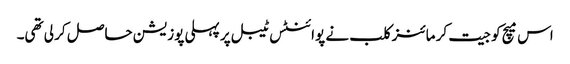
اس میچ کو جیت کر مائنز کلب نے پوائنٹس ٹیبل پر پہلی پوزیشن حاصل کر لی تھی۔